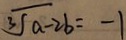
\sqrt [ 3 ] { a - 2 b } = - 1